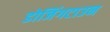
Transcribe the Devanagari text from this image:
डोजिंगटाउन